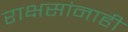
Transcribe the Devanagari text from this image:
राक्षसांनाही